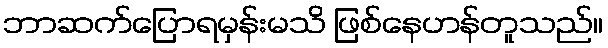
ဘာဆက်ပြောရမှန်းမသိ ဖြစ်နေဟန်တူသည်။